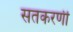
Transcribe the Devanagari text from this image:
सतकरणी